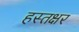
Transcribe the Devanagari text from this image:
हस्तक्षर